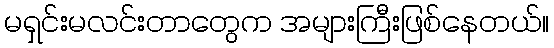
မရှင်းမလင်းတာတွေက အများကြီးဖြစ်နေတယ်။